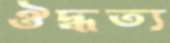
ঔদ্ধত্য